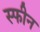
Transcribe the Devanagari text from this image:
स्फीन